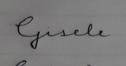
Signature authenticity: forged